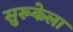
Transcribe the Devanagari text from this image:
सुरूकेला